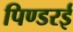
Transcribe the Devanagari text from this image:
पिण्डरई